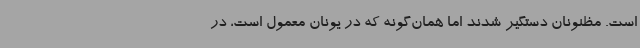
است. مظنونان دستگیر شدند اما همان‌گونه که در یونان معمول است، در